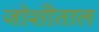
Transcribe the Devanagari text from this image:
जोशीताल